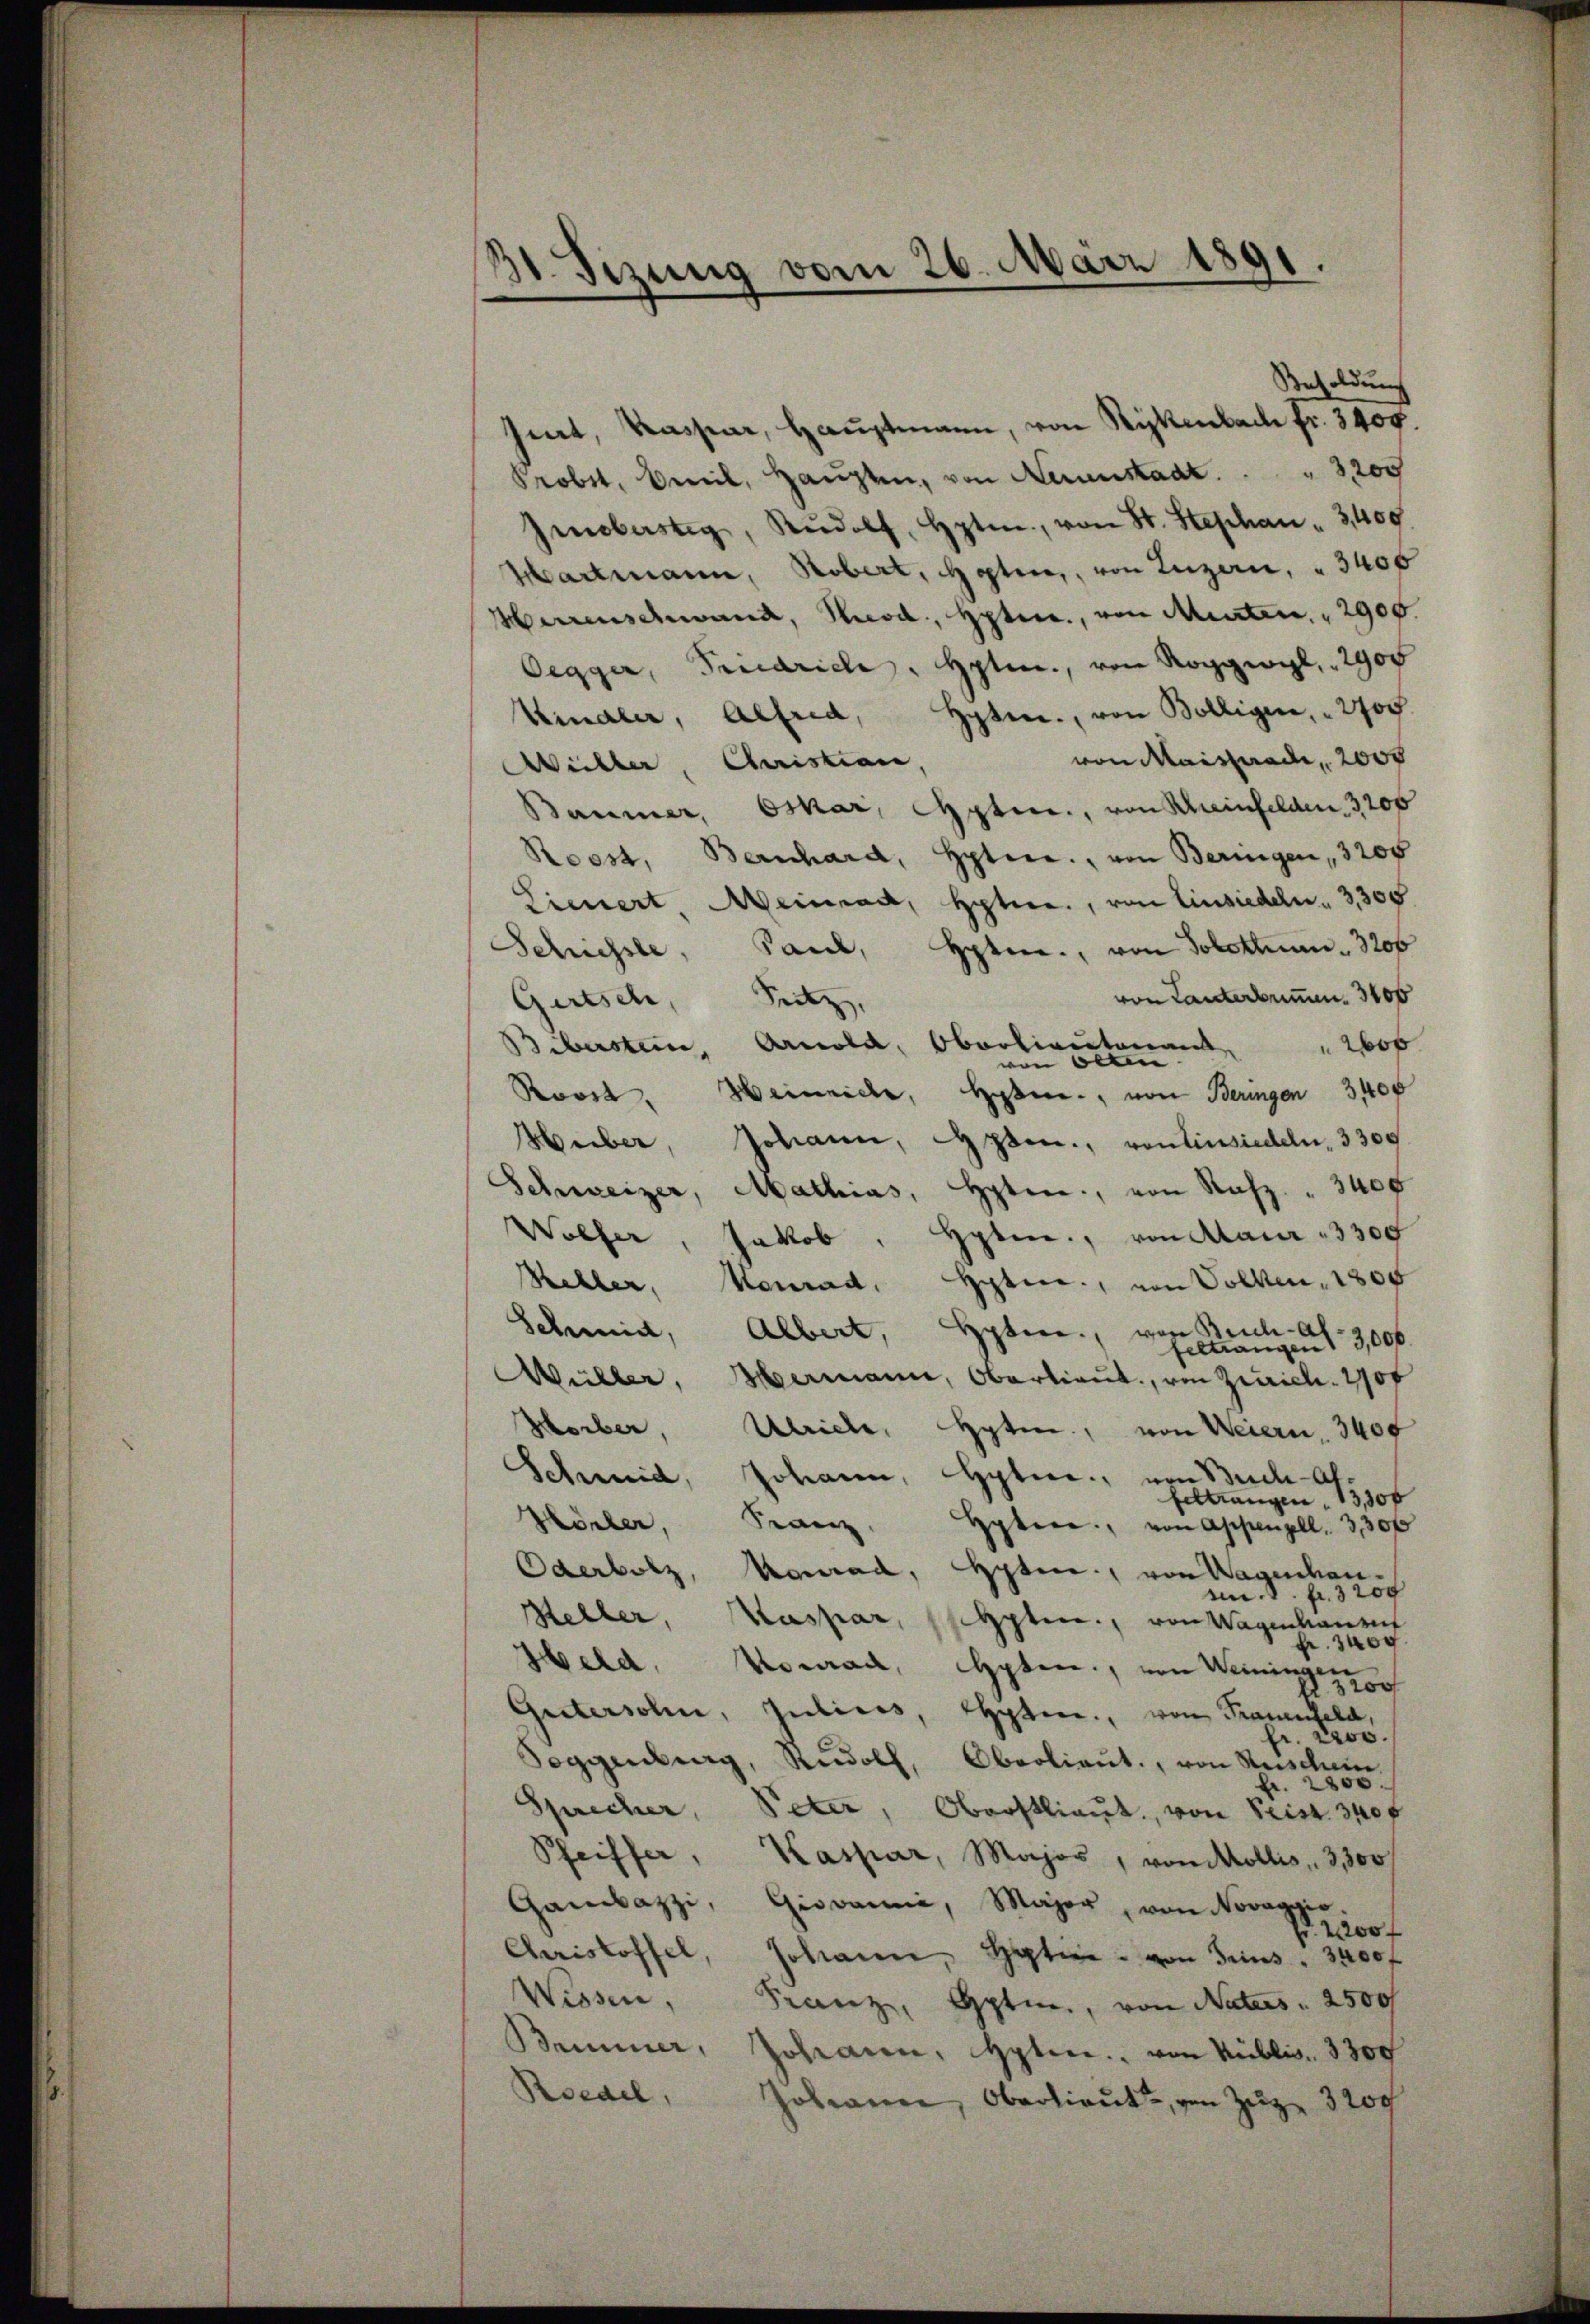
31. Sizung vom 26. März 1891.

Besoldung
Gent, Kassar, Hauptmann, von Rykenbach fr. 3400.
Probst, weil, Haupten, von Neuenstadt.   "  3,200
Imbastig, Rŭdolf Hptm., von St. Stephan " 3400
Hartmann, Robert, Hoten, von Luzern, " 3400
Herrenschwand, Recod, Hptr., von Menten " 2900.
Oegger, Friedrich, Hptm., von Roggwyl, 2900
Kinaler, Alfred, Hpten., von Bolligen, " 2700
von Maistrade, 200f
Willer, Christian,
Baumer, Oskar, Spten, von Scheinfelden 3200
Roest, Bernhard, Hptire., von Beringen, 3200
Lienert Meinrad, Hptire, von Einsiedeln. 3,300
Schüsse, Paul, Hpten., von Solothurn 3200
von Tanterbumm. 3100
Gertsch, Pritz,
Biberstein, Arnold, Oberlieutenant
o
von Olten.
Roost. Weineide, haben, von Beringen 3400
Huber, Johann, Spen., von Einsiedeln, 3300
Schweizer, Mathias, Hoten, von Rafz " 3400
Hpten, von Maur 3300
Wolfer, Jakob
Rebler, Konrad Hpten, von Volken, 1805
Schmid, Albert.
Hpter, von Beich-al
feltrangen 3,000.
Wüller, Hermann, Oberlieŭt., von Zürich. 1907
Horber, Ulrich, Hyten, von Weiern, 3400
Schmid, Johann, Hyte, von Buch alfeltrangen 13,300
Hörler, Franz
Hyten, von Appenzell. 3, 30 f
Oderbotz, Konrad, Hpten, von Wagenhaumm. fr. 3200
Keller, Kaspar, sehpten, von Wagenhause
3400
Held,
koman, pten, von Weiningen
R. 3200
Guetersohn, Juliers, Eheten, von Frauenfeld,
r. 2200.
Soggenberg, Rudolf, Oberlieŭt., von Reischeine
2800
Sprecher, Peter, Oberstlieut. von Seist. 340 f
Pfeiffer, Kaspar, Major, von Mollis, 3,300
Ganazzi, Giovani, Major, von Novaggio
Nr. 2200 f
Christoffel, Johann, Satine von Grins " 3400 f
Wissen,
Franz, Hptm., von Naturs   2500f
Bummer, Johanen, Hpten. von Biblis. 3300
Roedel, Johann, Oberlieŭt. von Zŭg 3200